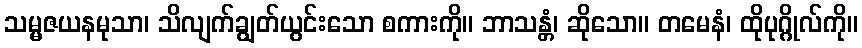
သမ္မဇယနမုသာ၊ သိလျက်ချွတ်ယွင်းသော စကားကို။ ဘာသန္တံ၊ ဆိုသော။ တမေနံ၊ ထိုပုဂ္ဂိုလ်ကို။